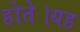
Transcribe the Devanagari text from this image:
होते।यह